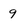
Character: 9